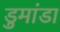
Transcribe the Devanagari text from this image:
डुमांडा